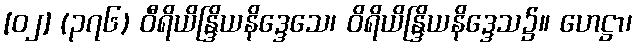
[၀၂] (၃၇၆) ဝီရိယိန္ဒြိယနိဒ္ဒေသေ၊ ဝိရိယိန္ဒြိယနိဒ္ဒေသ၌။ ဟေဋ္ဌာ၊